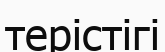
терістігі